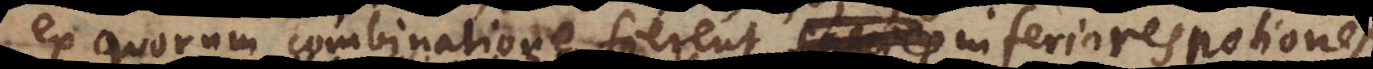
ex quorum combinatione fierent species inferiores, infe